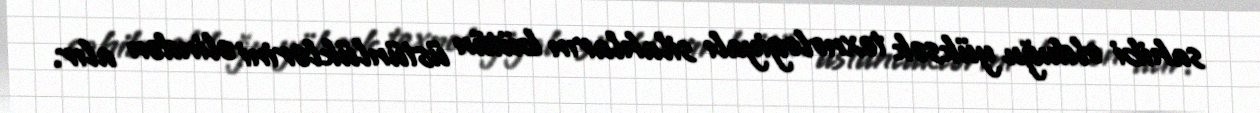
sahibi olduğu yüksək texnologiyalı silahların bütün üstünlüklərini əlindən alır.